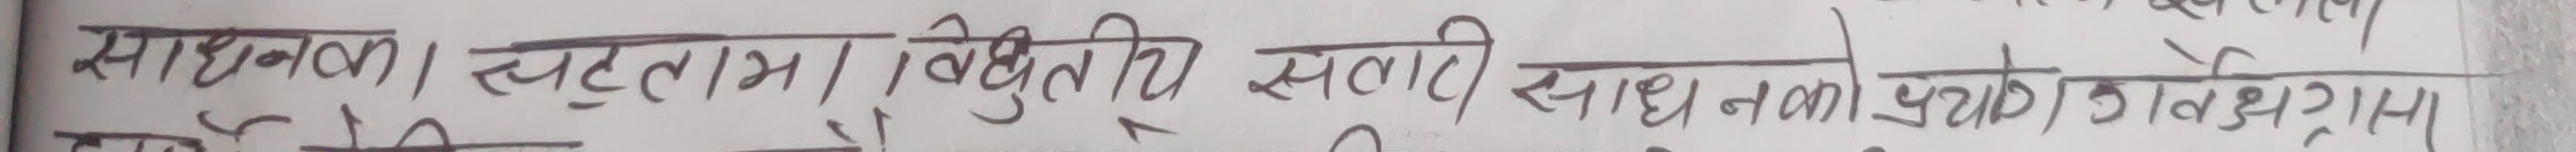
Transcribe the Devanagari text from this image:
साधनक | स्पष्टलाभ | विद्युतिय सलाती साधनको प्रयोग आवश्यक